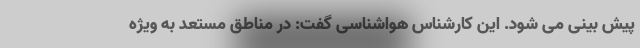
پیش بینی می شود. این کارشناس هواشناسی گفت: در مناطق مستعد به ویژه